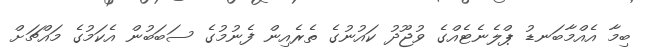
ބިމާ އެއްމާބަނޑު ޕްލެނެޓެއްގެ ވުޖޫދު ކައުނުގެ ތެރެއިން ފެނުމުގެ ސަބަބުން އެކަމުގެ މައްޗަށް